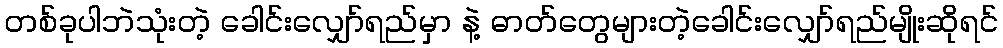
တစ်ခုပါဘဲသုံးတဲ့ ခေါင်းလျှော်ရည်မှာ နဲ့ ဓာတ်တွေများတဲ့ခေါင်းလျှော်ရည်မျိုးဆိုရင်